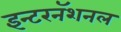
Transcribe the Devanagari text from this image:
इन्टरनॅशनल